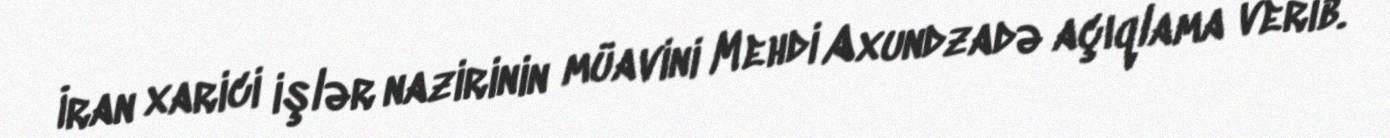
İran xarici işlər nazirinin müavini Mehdi Axundzadə açıqlama verib.